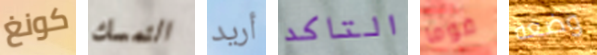
كونغ التمسك أريد التاكد قوما وضعه